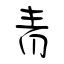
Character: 青